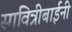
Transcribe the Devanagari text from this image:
सावित्रीबाईनी